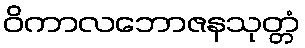
ဝိကာလဘောဇနသုတ္တံ